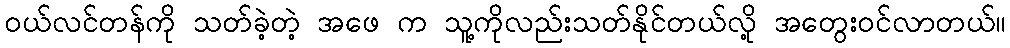
ဝယ်လင်တန်ကို သတ်ခဲ့တဲ့ အဖေ က သူ့ကိုလည်းသတ်နိုင်တယ်လို့ အတွေးဝင်လာတယ်။